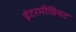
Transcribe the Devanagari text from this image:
इंटरमीडियट